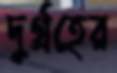
দুর্গ্রহের